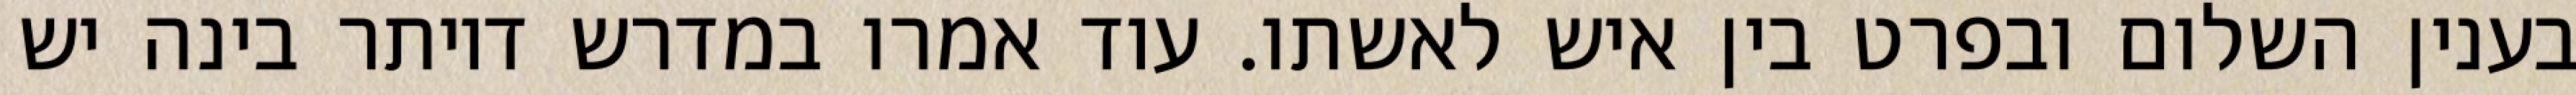
בענין השלום ובפרט בין איש לאשתו. עוד אמרו במדרש דיותר בינה יש